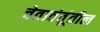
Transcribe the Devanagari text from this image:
चेतातंतूंतील